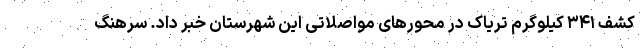
کشف ۳۴۱ کیلوگرم تریاک در محورهای مواصلاتی این شهرستان خبر داد. سرهنگ